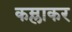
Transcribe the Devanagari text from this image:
कम्लाकर